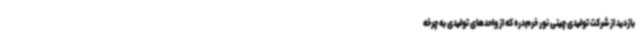
بازدید از شرکت تولیدی چینی نور خرم‌دره که از واحدهای تولیدی به چرخه